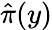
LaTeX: \hat{\pi}(y)